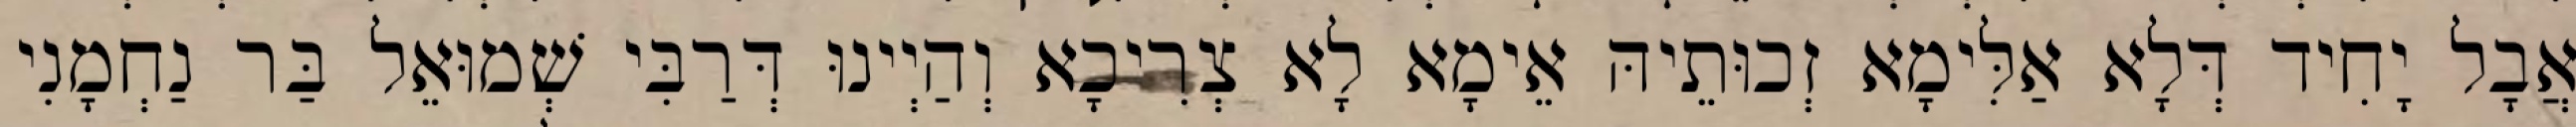
אֲבָל יָחִיד דְּלָא אַלִּימָא זְכוּתֵיהּ אֵימָא לָא צְרִיכָא וְהַיְינוּ דְּרַבִּי שְׁמוּאֵל בַּר נַחְמָנִי